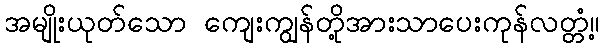
အမျိုးယုတ်သော ကျေးကျွန်တို့အားသာပေးကုန်လတ္တံ့။